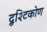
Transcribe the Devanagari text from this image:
द्रुश्टिकोण